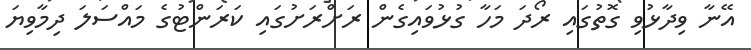
އޭނާ ވިދާޅުވި ގޮތުގައި ރޯދަ މަހާ ގުޅުވައިގެން ރަށްރަށުގައި ކަރަންޓުގެ މައްސަލަ ދިމާވިޔަ